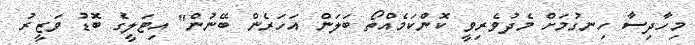
މިހާދިސާ ހިނގުމަށް މެދުވެރިވީ ކޮންކަމެއްތޯ ބަލަން އަހަރެން ބޭނުން" އިޓަލީގެ ބޮޑު ވަޒީރު